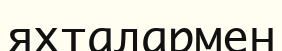
яхталармен